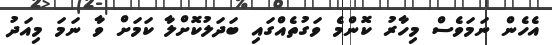
އެހެން ނަމަވެސް މިހާރު ކޮންމެ ވަގުތެއްގައި ބަދަލުކޮށްލާ ކަމަށް ވާ ނަމަ މިއަދު